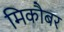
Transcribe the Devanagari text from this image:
मिकौबर